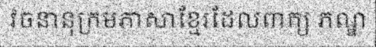
វចនានុក្រមភាសាខ្មែរដែលពាក្យ ភណ្ឌ